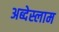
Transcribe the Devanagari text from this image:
अब्देस्लाम